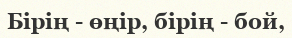
Бірің - өңір, бірің - бой,